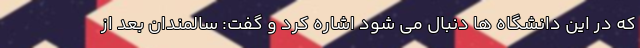
که در این دانشگاه ها دنبال می شود اشاره کرد و گفت: سالمندان بعد از